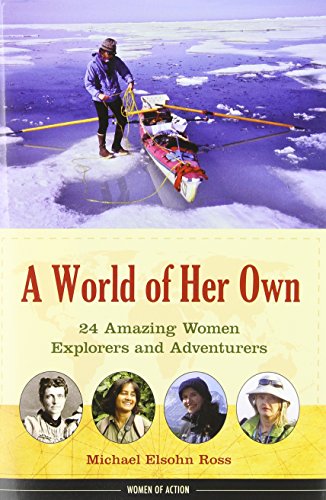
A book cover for A World of Her Own: 24 Amazing Women Explorers and Adventurers (Women of Action); Michael Elsohn Ross; Teen & Young Adult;